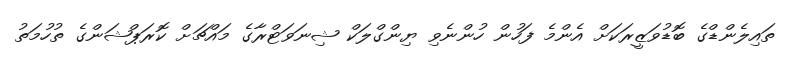
ތައިލެންޑްގެ ބޮޑުވަޒީރަކަށް އެންމެ ފަހުން ހުންނެވި ޔިންގްލަކް ޝިނަވަޓްރާގެ މައްޗަށް ކޮރަޕްޝަންގެ ތުހުމަތު